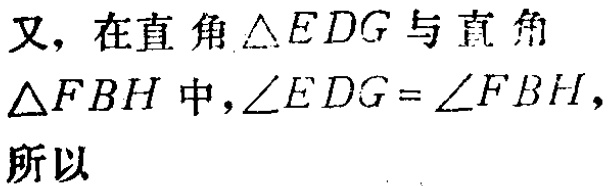
又，在直角$\triangle EDG$与直角$\triangle FBH$中，$\angle EDG = \angle FBH$，所以